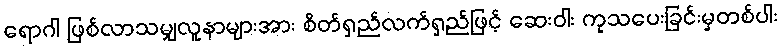
ရောဂါ ဖြစ်လာသမျှလူနာများအား စိတ်ရှည်လက်ရှည်ဖြင့် ဆေးဝါး ကုသပေးခြင်းမှတစ်ပါး